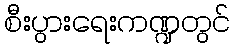
စီးပွားရေးကဏ္ဍတွင်